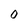
Character: O